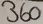
Text: 360